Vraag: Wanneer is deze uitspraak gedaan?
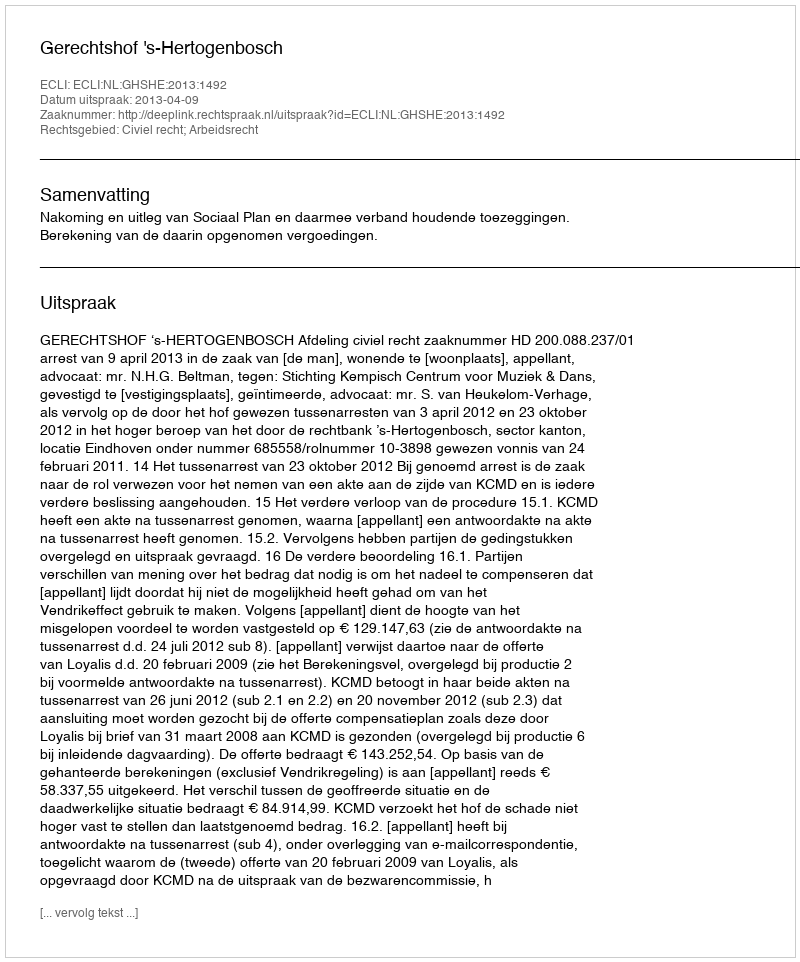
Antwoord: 2013-04-09